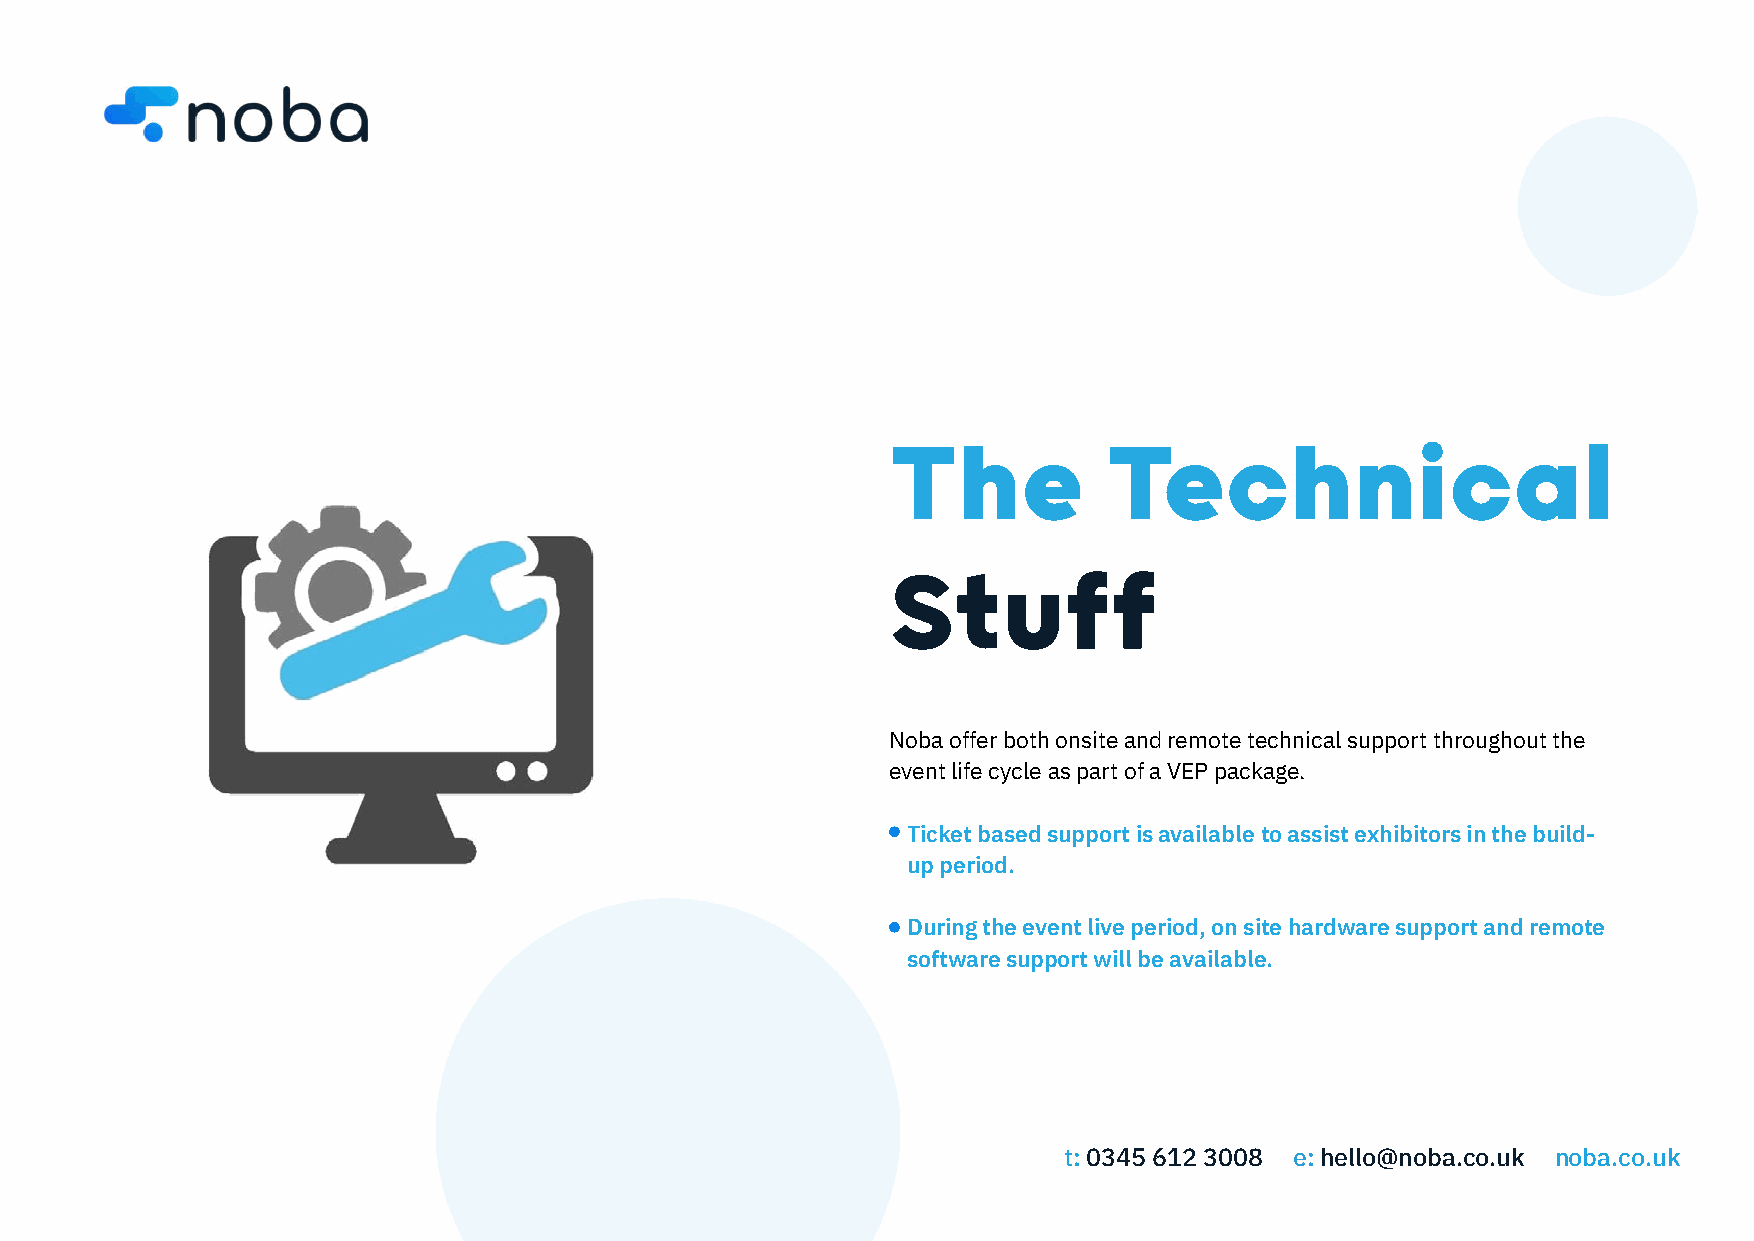
The           Technical
 Stuff
 Noba offer both onsite and remote technical support throughout the
 event life cycle as part of a VEP package.
 Ticket based support is available to assist exhibitors in the build-
 up period.
 During the event live period, on site hardware support and remote
 software support will be available.
 t: 0345 612 3008 e: hello@noba.co.uk noba.co.uk